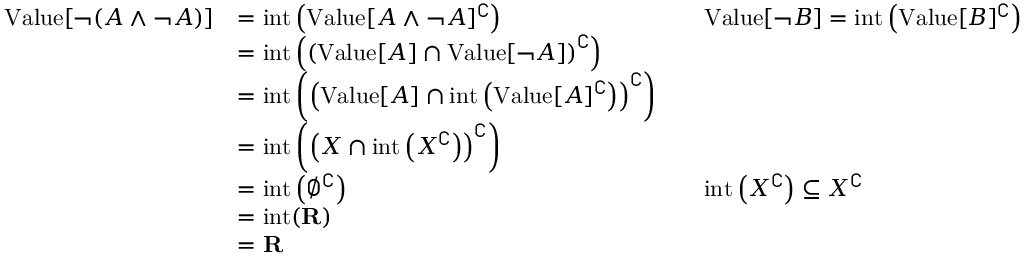
{ \begin{array} { r l r l } { { \mathrm { V a l u e } } [ \neg ( A \land \neg A ) ] } & { = { \mathrm { i n t } } \left( { \mathrm { V a l u e } } [ A \land \neg A ] ^ { \complement } \right) } & & { { \mathrm { V a l u e } } [ \neg B ] = { \mathrm { i n t } } \left( { \mathrm { V a l u e } } [ B ] ^ { \complement } \right) } \\ & { = { \mathrm { i n t } } \left( \left( { \mathrm { V a l u e } } [ A ] \cap { \mathrm { V a l u e } } [ \neg A ] \right) ^ { \complement } \right) } \\ & { = { \mathrm { i n t } } \left( \left( { \mathrm { V a l u e } } [ A ] \cap { \mathrm { i n t } } \left( { \mathrm { V a l u e } } [ A ] ^ { \complement } \right) \right) ^ { \complement } \right) } \\ & { = { \mathrm { i n t } } \left( \left( X \cap { \mathrm { i n t } } \left( X ^ { \complement } \right) \right) ^ { \complement } \right) } \\ & { = { \mathrm { i n t } } \left( \emptyset ^ { \complement } \right) } & & { { \mathrm { i n t } } \left( X ^ { \complement } \right) \subseteq X ^ { \complement } } \\ & { = { \mathrm { i n t } } ( \mathbf { R } ) } \\ & { = \mathbf { R } } \end{array} }